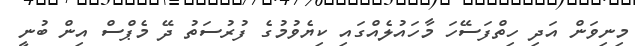
މިނިވަން އަދި ހިތްފަސޭހަ މާހައުލެއްގައި ކިޔެވުމުގެ ފުރުސަތު ދޭ މެޕްސް އިން ބުނީ